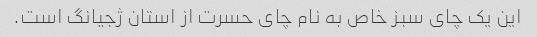
این یک چای سبز خاص به نام چای حسرت از استان ژجیانگ است.